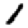
Digit: 1